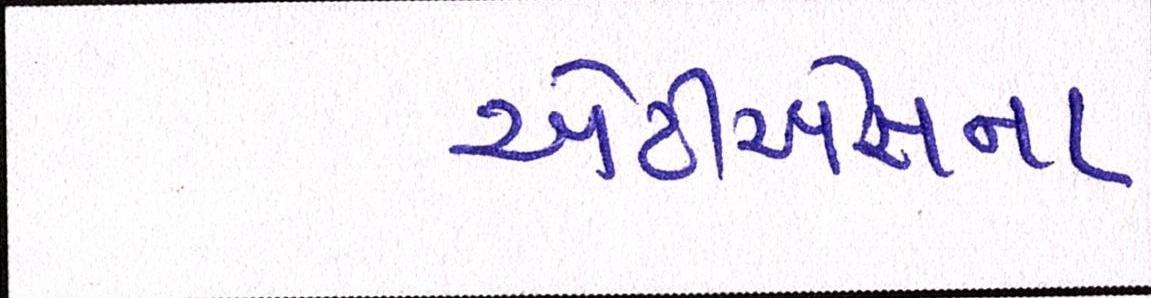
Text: એટીએસના